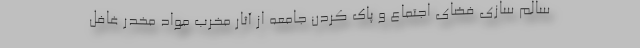
سالم سازی فضای اجتماع و پاک کردن جامعه از آثار مخرب مواد مخدر غافل